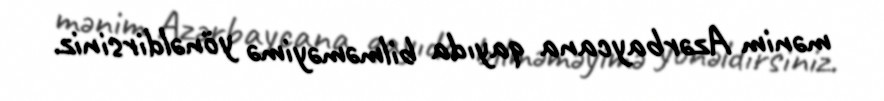
mənim Azərbaycana qayıda bilməməyimə yönəldirsiniz.